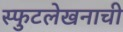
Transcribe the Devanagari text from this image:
स्फुटलेखनाची